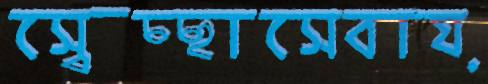
স্বেচ্ছাসেবায়